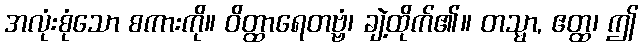
အလုံးစုံသော စကားကို။ ဝိတ္ထာရေတဗ္ဗံ၊ ချဲ့ထိုက်၏။ တသ္မာ, ဧတ္ထ၊ ဤ